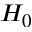
H _ { 0 }